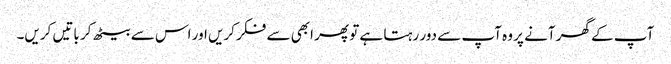
آپ کے گھر آنے پر وہ آپ سے دور رہتا ہے تو پھر ابھی سے فکر کریں اور اس سے بیٹھ کر باتیں کریں۔